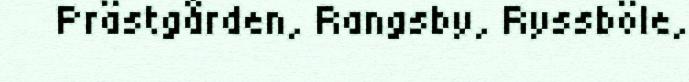
Prästgården, Rangsby, Ryssböle,